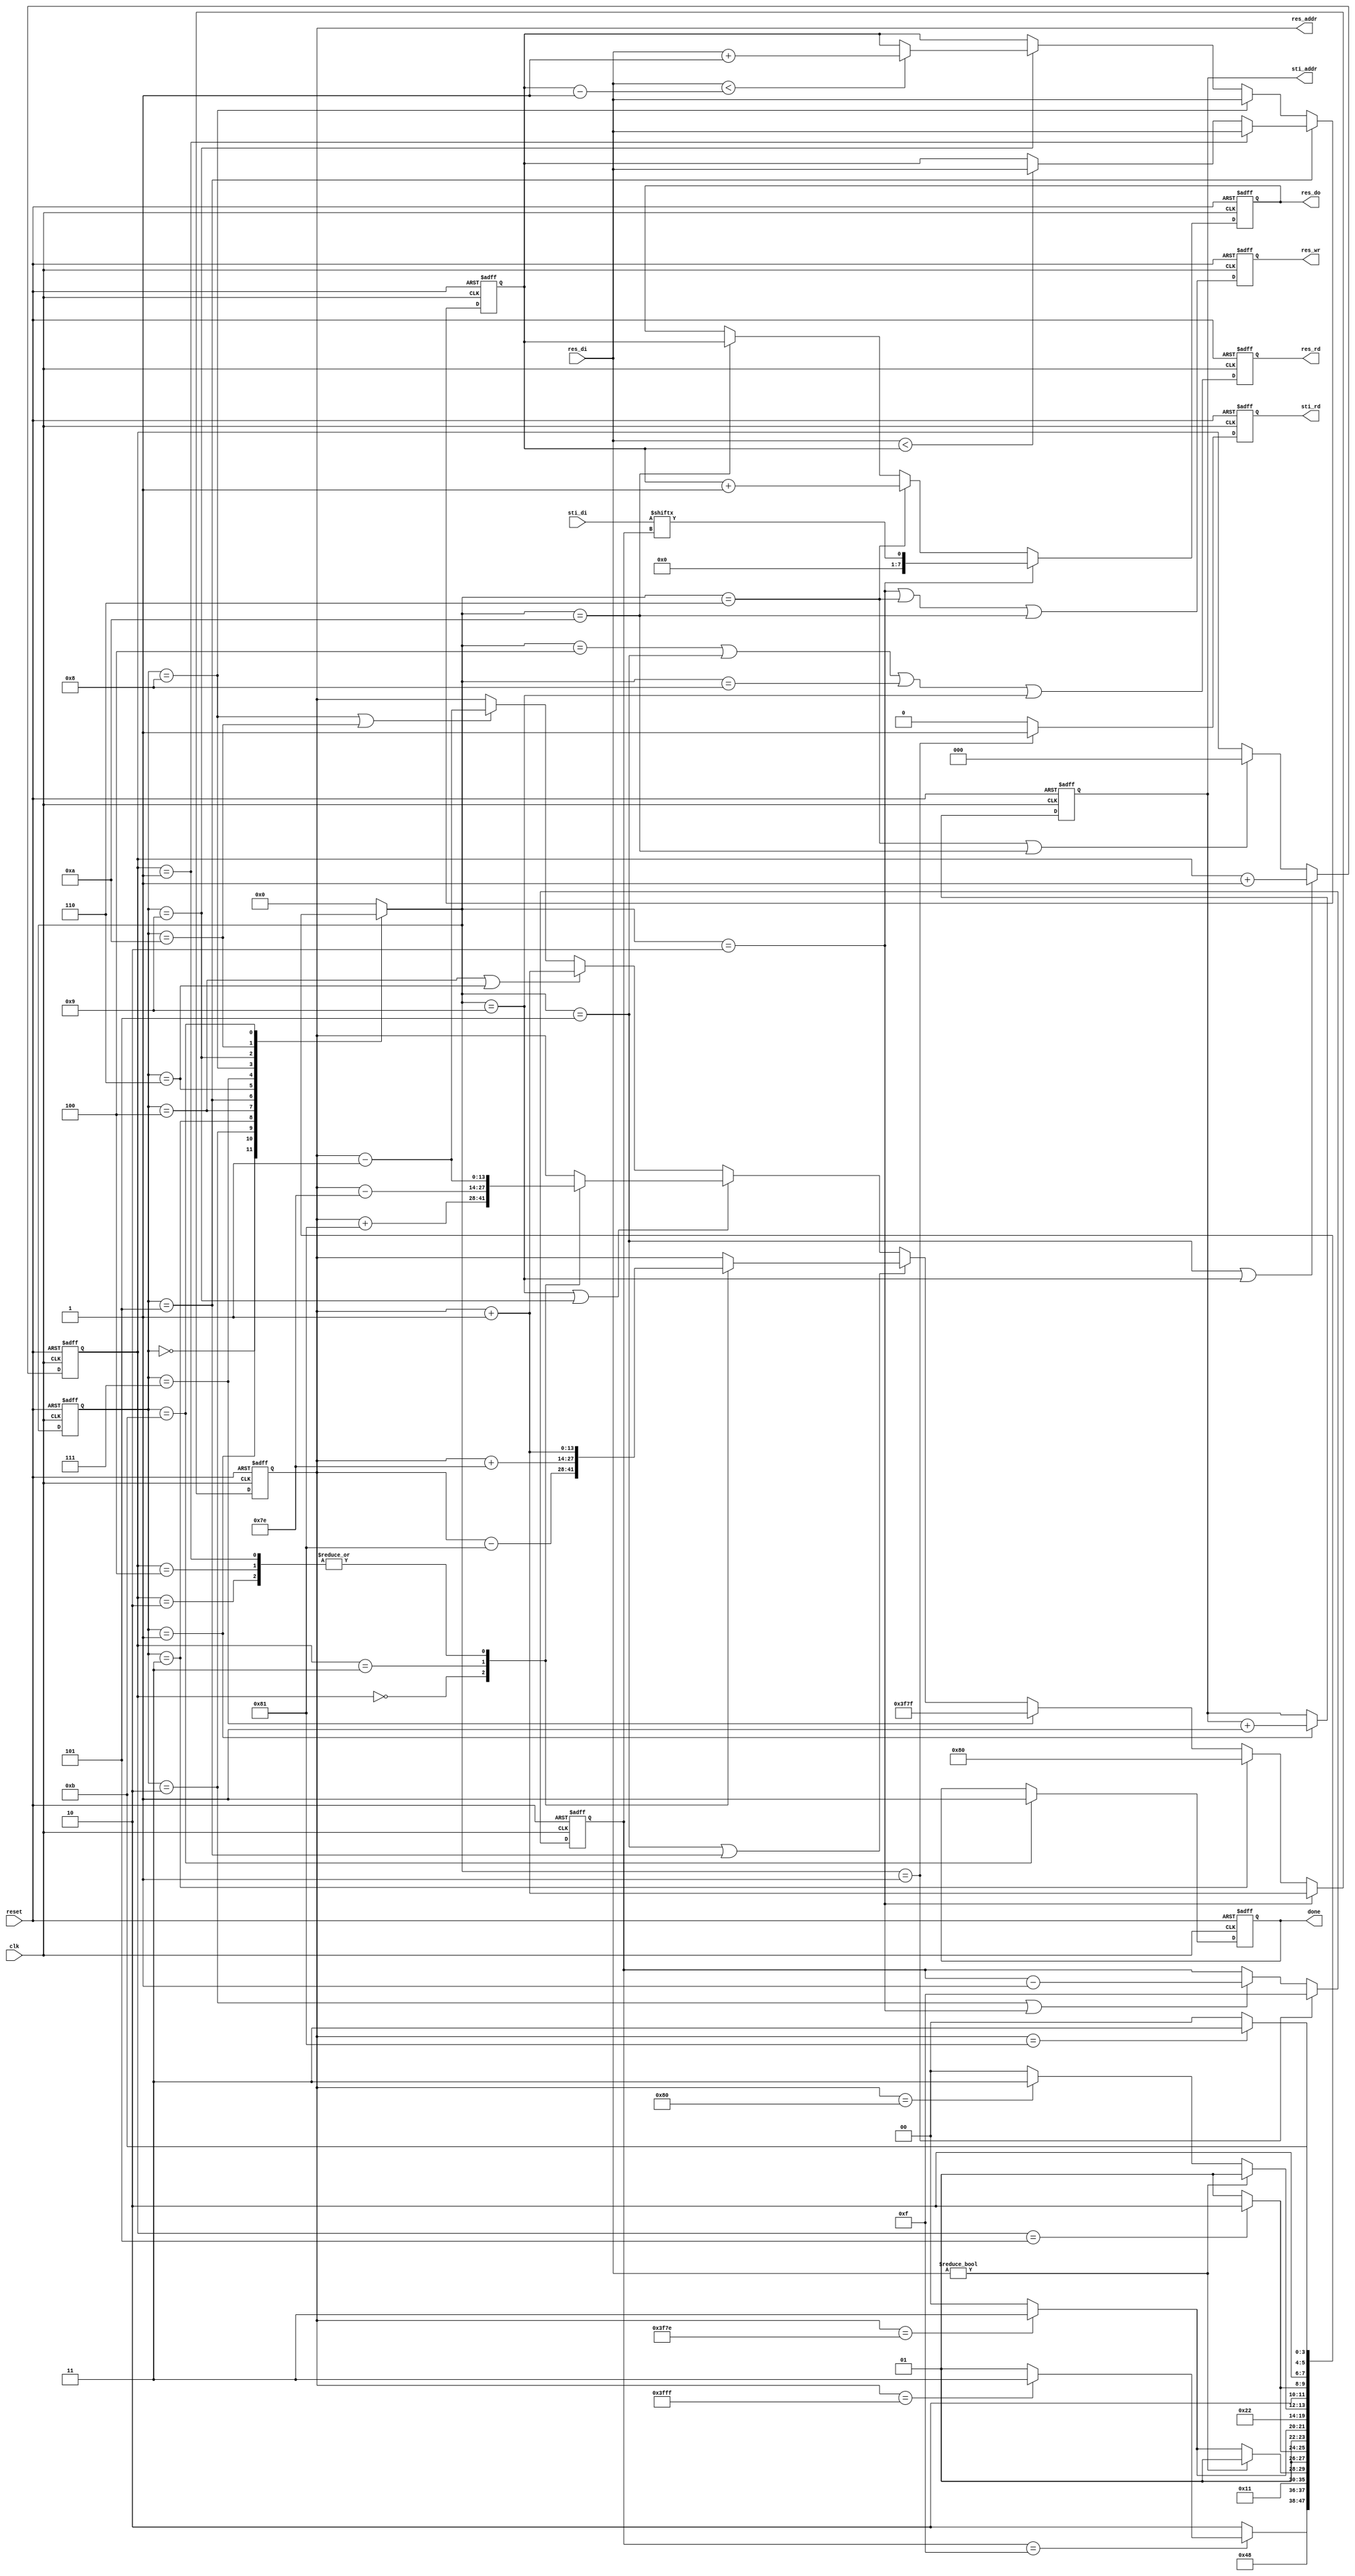
module DT(
	input 					clk, 
	input					reset,
	output	reg				done ,
	output	reg				sti_rd ,
	output	reg 	[9:0]	sti_addr ,
	input			[15:0]	sti_di,
	output	reg				res_wr ,
	output	reg				res_rd ,
	output	reg 	[13:0]	res_addr ,
	output	reg 	[7:0]	res_do,
	input			[7:0]	res_di
	);

reg [2:0] find_min_ctr;							//counter for finding min
reg [3:0] bit_ptr;								//bit pointer of ROM data
reg [3:0] STATE_NOW;
reg [3:0] STATE_NEXT;
reg [7:0] data_min;

wire read_ready;
wire write_ready;

//12 states
parameter INIT = 4'd0;
parameter ROM_READ = 4'd1;
parameter RAM_WRITE = 4'd2;
parameter WRITE_END = 4'd3;
parameter READ_F = 4'd4;
parameter MIN_F = 4'd5;
parameter WRITE_F = 4'd6;
parameter FOWARD_END = 4'd7;
parameter READ_B = 4'd8;
parameter MIN_B = 4'd9;
parameter WRITE_B = 4'd10;
parameter COMPLETE = 4'd11;


always@(posedge clk or negedge reset)
begin
	if(!reset) STATE_NOW <= INIT;
	else STATE_NOW <= STATE_NEXT;
end

always@(*)
begin
	case(STATE_NOW)
	INIT:
	begin
		STATE_NEXT = ROM_READ;
	end
	ROM_READ: 
	begin
		STATE_NEXT = RAM_WRITE;
	end
	RAM_WRITE:
	begin
		if(bit_ptr == 4'd15)
		begin
			if(res_addr == 14'd16383) STATE_NEXT = WRITE_END;
			else STATE_NEXT = ROM_READ;
		end
		else STATE_NEXT = RAM_WRITE;
	end
	WRITE_END: 
	begin
		STATE_NEXT = READ_F;
	end
	READ_F:
	begin
		if(res_di) STATE_NEXT = MIN_F;
		else
		begin
			if(res_addr == 14'd16254) STATE_NEXT = FOWARD_END;
			else STATE_NEXT = READ_F;
		end 
	end
	MIN_F:
	begin
		if(find_min_ctr == 4'd5) STATE_NEXT = WRITE_F;
		else STATE_NEXT = MIN_F;
	end
	WRITE_F:
	begin
		if(res_addr == 14'd16254) STATE_NEXT = FOWARD_END;
		else STATE_NEXT = READ_F;
	end
	FOWARD_END:
	begin
		STATE_NEXT = READ_B;
	end
	READ_B:
	begin
		if(res_di) STATE_NEXT = MIN_B;
		else
		begin
			if(res_addr == 14'd128) STATE_NEXT = COMPLETE;
			else STATE_NEXT = READ_B;
		end
	end
	MIN_B:
	begin
		if(find_min_ctr == 4'd5) STATE_NEXT = WRITE_B;
		else STATE_NEXT = MIN_B;
	end
	WRITE_B:
	begin
		if(res_addr == 14'd129) STATE_NEXT = COMPLETE;
		else STATE_NEXT = READ_B;
	end
	COMPLETE:
	begin
		STATE_NEXT = COMPLETE;
	end
	default: STATE_NEXT = INIT;
	endcase
end

//sti_rd
always@(posedge clk or negedge reset)
begin
	if(!reset) sti_rd <= 1'd0;
	else if(STATE_NEXT == ROM_READ) sti_rd <= 1'd1;
	else sti_rd <= 1'd0;
end

assign read_ready = (STATE_NEXT == READ_F || STATE_NEXT == MIN_F ||
					STATE_NEXT == READ_B || STATE_NEXT == MIN_B);
assign write_ready = (STATE_NEXT == RAM_WRITE || STATE_NEXT == WRITE_F ||
					STATE_NEXT == WRITE_B);

//res_rd
always@(posedge clk or negedge reset)
begin
	if(!reset) res_rd <= 1'd0;
	else res_rd <= (read_ready);
end

//res_wr
always@(posedge clk or negedge reset)
begin
	if(!reset) res_wr <= 1'd0;
	else res_wr <= (write_ready);
end

//sti_addr
always@(posedge clk or negedge reset)
begin
	if(!reset) sti_addr <= 10'd0;
	else if(STATE_NOW == ROM_READ) sti_addr <= sti_addr + 1'd1;
end

//bit_ptr
always@(posedge clk or negedge reset)
begin
	if(!reset) bit_ptr <= 4'd0;
	else if(STATE_NEXT == ROM_READ) bit_ptr <= 4'd15;
	else if(STATE_NOW == RAM_WRITE || STATE_NEXT == RAM_WRITE)
		bit_ptr <= bit_ptr - 4'd1;

end

//find_min_ctr
always@(posedge clk or negedge reset)
begin
	if(!reset) find_min_ctr <= 3'd0;
	else if(STATE_NEXT == MIN_F || STATE_NEXT == MIN_B)
		find_min_ctr <= find_min_ctr + 4'd1;
	else if(STATE_NEXT == WRITE_F || STATE_NEXT == WRITE_B)
		find_min_ctr <= 4'd0;
end

//res_addr
always@(posedge clk or negedge reset)
begin
	if(!reset) res_addr <= 14'd16383;
	else if(STATE_NEXT == RAM_WRITE) res_addr <= res_addr + 14'd1;
	else if(STATE_NOW == WRITE_END) res_addr <= 14'd128;
	else if(STATE_NOW == FOWARD_END) res_addr <= 14'd16255;
	else if(STATE_NEXT == MIN_F || STATE_NOW == MIN_F)
	begin
		case(find_min_ctr)
		4'd0: res_addr <= res_addr - 14'd129;
		4'd1: res_addr <= res_addr + 14'd1;
		4'd2: res_addr <= res_addr + 14'd1;
		4'd3: res_addr <= res_addr + 14'd126;
		4'd4: res_addr <= res_addr + 14'd1;
		endcase
	end
	else if(STATE_NEXT == MIN_B || STATE_NOW == MIN_B)
	begin
		case(find_min_ctr)
		4'd0: res_addr <= res_addr + 14'd129;
		4'd1: res_addr <= res_addr - 14'd1;
		4'd2: res_addr <= res_addr - 14'd1;
		4'd3: res_addr <= res_addr - 14'd126;
		4'd4: res_addr <= res_addr - 14'd1;
		endcase
	end
	else if(STATE_NOW == READ_F || STATE_NOW == WRITE_F)
		res_addr <= res_addr + 14'd1;
	else if(STATE_NOW == READ_B || STATE_NOW == WRITE_B) 
		res_addr <= res_addr - 14'd1;
end

//done
always@(posedge clk or negedge reset)
begin
	if(!reset) done <= 1'd0;
	else if(STATE_NOW == COMPLETE) done <= 1'd1;
end

//data_min
always@(posedge clk or negedge reset)
begin
	if(!reset) data_min <= 8'd0;
	else if(STATE_NOW == MIN_F)
	begin
		if(find_min_ctr == 4'd1)  data_min <= res_di;
		else if(res_di < data_min) data_min <= res_di; 
	end
	else if(STATE_NOW == READ_B) data_min <= res_di;
	else if(STATE_NOW == MIN_B)
	begin
		if(res_di < (data_min - 1'd1)) data_min <= (res_di + 1'd1);
	end
end

//res_do
always@(posedge clk or negedge reset)
begin
	if(!reset) res_do <= 8'd0;
	else if(STATE_NEXT == RAM_WRITE) res_do <= sti_di[bit_ptr];
	else if(STATE_NEXT == WRITE_F) res_do <= data_min + 8'd1;
	else if(STATE_NEXT == WRITE_B) res_do <= data_min;
end

endmodule